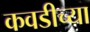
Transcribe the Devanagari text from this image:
कवडीच्या